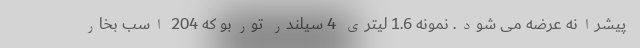
پیشرانه عرضه می شود. نمونه 1.6 لیتری 4 سیلندر توربو که 204 اسب بخار